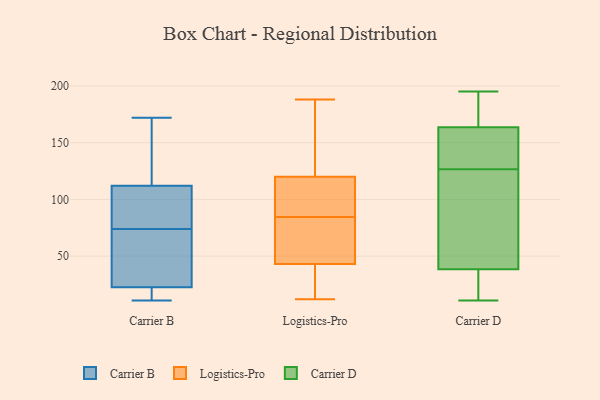
{"axis": {"x": "Churn Rate (%)", "y": "Value"}, "legend": ["Carrier B", "Carrier D", "Logistics-Pro"], "data": [{"x": "", "y": 80, "type": "Carrier B"}, {"x": "", "y": 73, "type": "Carrier B"}, {"x": "", "y": 19, "type": "Carrier B"}, {"x": "", "y": 19, "type": "Carrier B"}, {"x": "", "y": 14, "type": "Carrier B"}, {"x": "", "y": 75, "type": "Carrier B"}, {"x": "", "y": 120, "type": "Carrier B"}, {"x": "", "y": 106, "type": "Carrier B"}, {"x": "", "y": 26, "type": "Carrier B"}, {"x": "", "y": 118, "type": "Carrier B"}, {"x": "", "y": 124, "type": "Carrier B"}, {"x": "", "y": 172, "type": "Carrier B"}, {"x": "", "y": 11, "type": "Carrier B"}, {"x": "", "y": 90, "type": "Carrier B"}, {"x": "", "y": 55, "type": "Carrier B"}, {"x": "", "y": 59, "type": "Carrier B"}, {"x": "", "y": 96, "type": "Logistics-Pro"}, {"x": "", "y": 54, "type": "Logistics-Pro"}, {"x": "", "y": 43, "type": "Logistics-Pro"}, {"x": "", "y": 152, "type": "Logistics-Pro"}, {"x": "", "y": 120, "type": "Logistics-Pro"}, {"x": "", "y": 108, "type": "Logistics-Pro"}, {"x": "", "y": 73, "type": "Logistics-Pro"}, {"x": "", "y": 34, "type": "Logistics-Pro"}, {"x": "", "y": 63, "type": "Logistics-Pro"}, {"x": "", "y": 188, "type": "Logistics-Pro"}, {"x": "", "y": 14, "type": "Logistics-Pro"}, {"x": "", "y": 65, "type": "Logistics-Pro"}, {"x": "", "y": 162, "type": "Logistics-Pro"}, {"x": "", "y": 108, "type": "Logistics-Pro"}, {"x": "", "y": 102, "type": "Logistics-Pro"}, {"x": "", "y": 140, "type": "Logistics-Pro"}, {"x": "", "y": 29, "type": "Logistics-Pro"}, {"x": "", "y": 12, "type": "Logistics-Pro"}, {"x": "", "y": 180, "type": "Carrier D"}, {"x": "", "y": 84, "type": "Carrier D"}, {"x": "", "y": 34, "type": "Carrier D"}, {"x": "", "y": 195, "type": "Carrier D"}, {"x": "", "y": 185, "type": "Carrier D"}, {"x": "", "y": 129, "type": "Carrier D"}, {"x": "", "y": 42, "type": "Carrier D"}, {"x": "", "y": 124, "type": "Carrier D"}, {"x": "", "y": 167, "type": "Carrier D"}, {"x": "", "y": 160, "type": "Carrier D"}, {"x": "", "y": 61, "type": "Carrier D"}, {"x": "", "y": 31, "type": "Carrier D"}, {"x": "", "y": 136, "type": "Carrier D"}, {"x": "", "y": 137, "type": "Carrier D"}, {"x": "", "y": 11, "type": "Carrier D"}, {"x": "", "y": 35, "type": "Carrier D"}]}